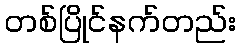
တစ်ပြိုင်နက်တည်း